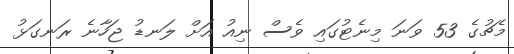
މެޗުގެ 53 ވަނަ މިނެޓުގައި ވެސް ނިއު އަށް ލަނޑު ޖަހާނެ ރަނގަޅު